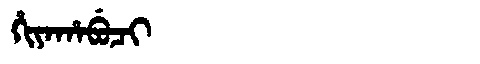
Manchu: ᡥᡳᠶᠠᡥᠠᠪᡠᠴᡳ
Romanization: HIYAHABUCI